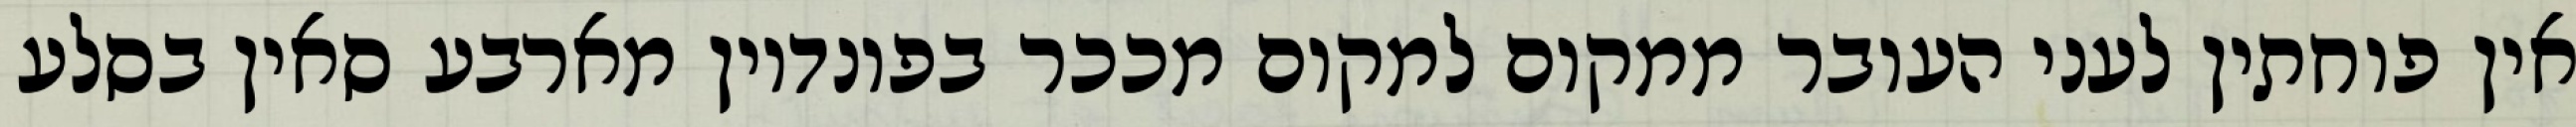
אין פוחתין לעני העובר ממקום למקום מככר בפונדיון מארבע סאין בסלע